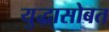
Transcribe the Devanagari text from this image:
युद्धासोबत